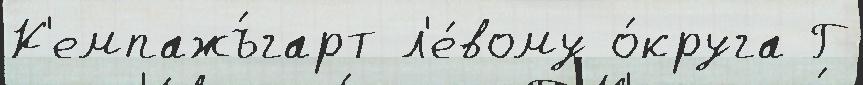
К'емпажъ́гарт л'е́вому о́круга Г